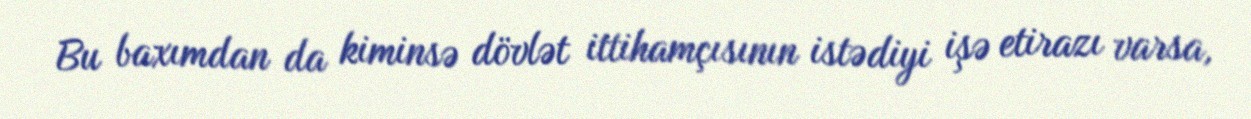
Bu baxımdan da kiminsə dövlət ittihamçısının istədiyi işə etirazı varsa,